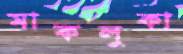
মাকলুকা